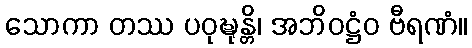
သောကာ တဿ ပဝုဍ္ဎုန္တိ၊ အဘိဝဋ္ဌံဝ ဗီရဏံ။